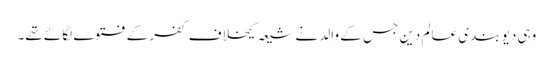
وہی دیو بندی عالم دین جس کے والد نے شیعہ کیخلاف کفر کے فتوے لگائے تھے۔